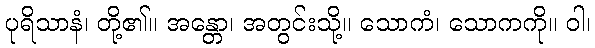
ပုရိသာနံ၊ တို့၏။ အန္တော၊ အတွင်းသို့။ သောကံ၊ သောကကို။ ဝါ၊